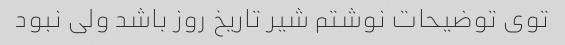
توی توضیحات نوشتم شیر تاریخ روز باشد ولی نبود